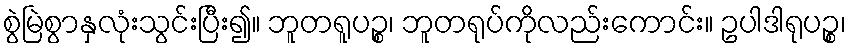
စွဲမြဲစွာနှလုံးသွင်းပြီး၍။ ဘူတရူပဉ္စ၊ ဘူတရုပ်ကိုလည်းကောင်း။ ဥပါဒါရုပဉ္စ၊